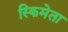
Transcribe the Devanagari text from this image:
स्किमेता